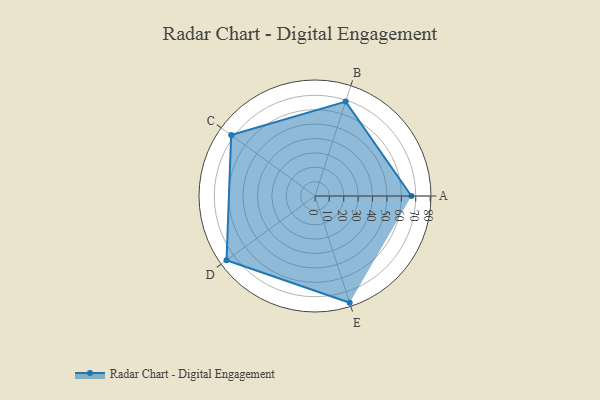
{"axis": {"x": "Skill", "y": "Score"}, "legend": ["Profile"], "data": [{"x": "A", "y": 67.0, "type": "Profile"}, {"x": "B", "y": 69.0, "type": "Profile"}, {"x": "C", "y": 72.0, "type": "Profile"}, {"x": "D", "y": 76.0, "type": "Profile"}, {"x": "E", "y": 78.0, "type": "Profile"}]}